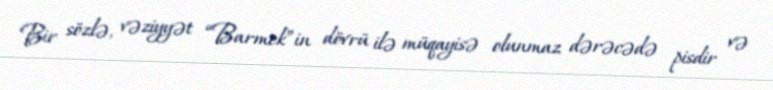
Bir sözlə, vəziyyət “Barmek”in dövrü ilə müqayisə olunmaz dərəcədə pisdir və